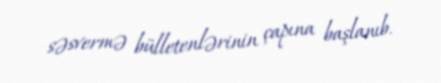
səsvermə bülletenlərinin çapına başlanıb.